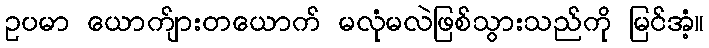
ဥပမာ ယောက်ျားတယောက် မလုံမလဲဖြစ်သွားသည်ကို မြင်အံ့။